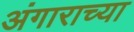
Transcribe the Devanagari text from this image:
अंगाराच्या